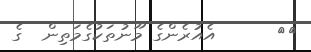
٢٤      އެއުރެންގެ މޫނުތަކުގެމަތިން  ގެ